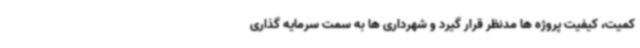
کمیت، کیفیت پروژه ها مدنظر قرار گیرد و شهرداری ها به سمت سرمایه گذاری